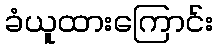
ခံယူထားကြောင်း